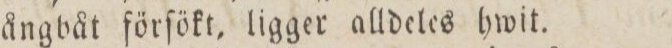
ångbåt förfökt, ligger alldeles hwit.